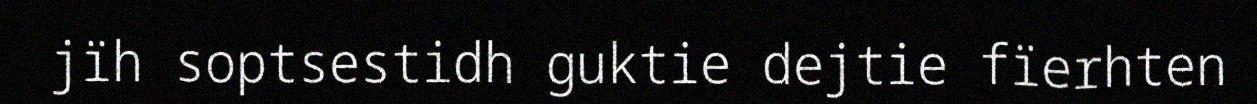
jïh soptsestidh guktie dejtie fïerhten